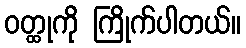
ဝတ္ထုကို ကြိုက်ပါတယ်။